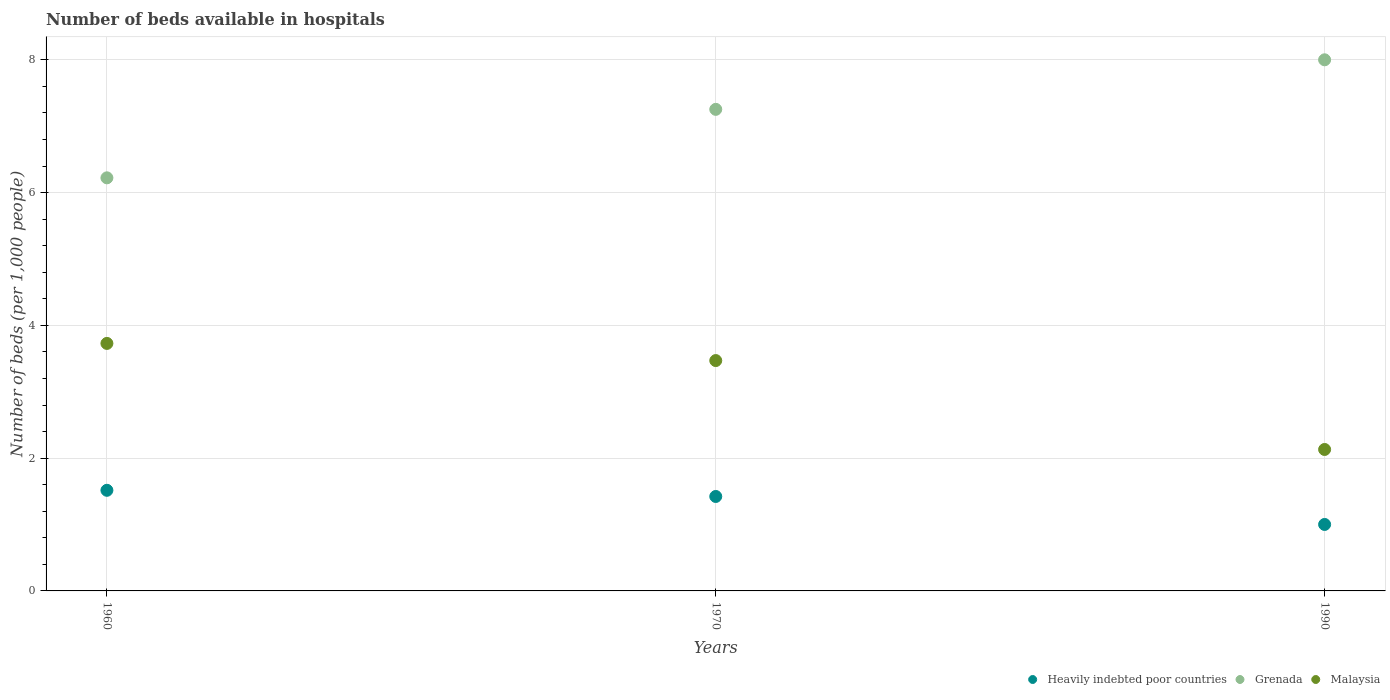
| Years | Heavily indebted poor countries | Grenada | Malaysia |
 | --- | --- | --- | --- |
 | 1960 | 1.52 | 6.22 | 3.73 |
 | 1970 | 1.42 | 7.25 | 3.47 |
 | 1990 | 1 | 8 | 2.13 |